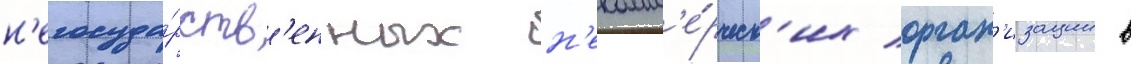
н'егосуда́рств'енных н'екомм'е́рческ'их орган'изации в